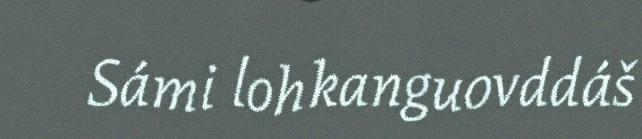
Sámi lohkanguovddáš